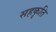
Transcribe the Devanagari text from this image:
सहकृति